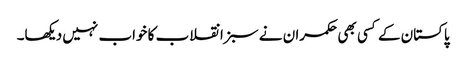
پاکستان کے کسی بھی حکمران نے سبز انقلاب کا خواب نہیں دیکھا۔